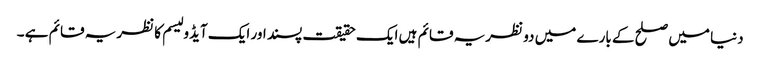
دنیا میں صلح کے بارے میں دو نظریہ قائم ہیں ایک حقیقت پسند اور ایک آیڈو لیسم کا نظریہ قائم ہے ۔